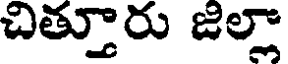
చిత్తూరు జిల్లా